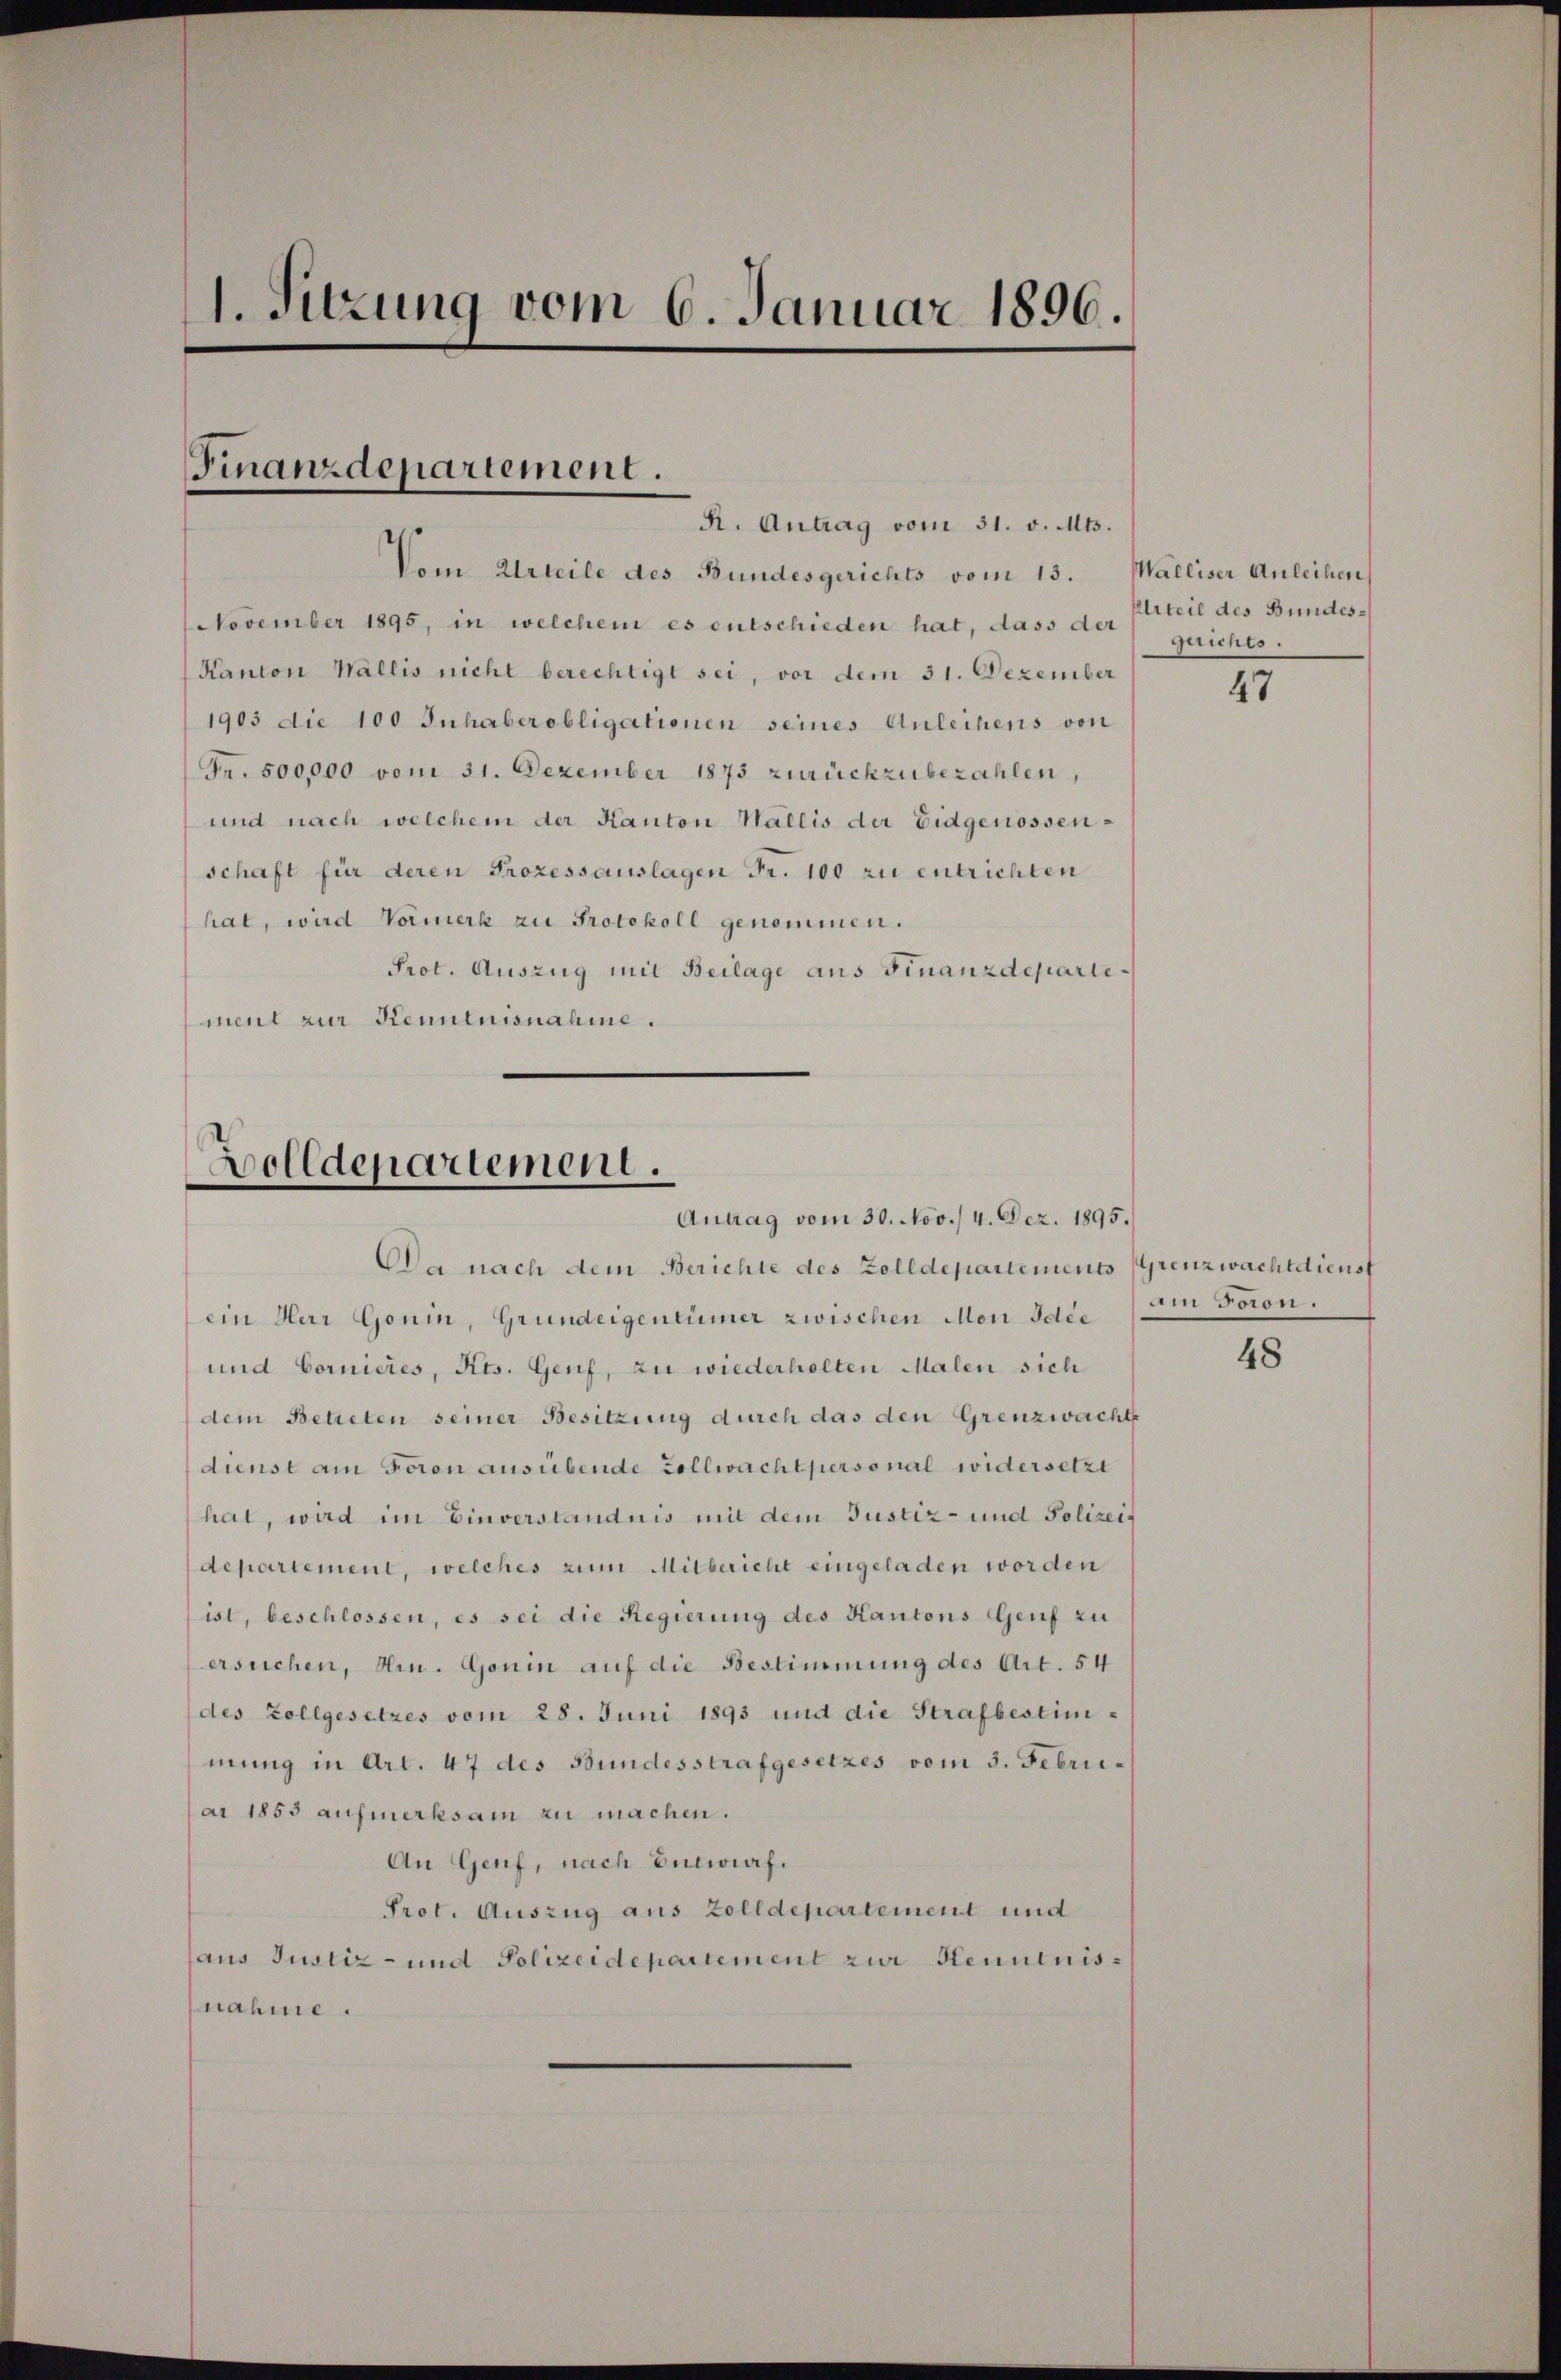
1. Sitzung vom 6. Januar 1896.

Finanzdepartement.
R. Antrag vom 31. v. Mts.

Vom Urteile des Bundesgerichts vom 13. Malliser Anleihen
November 1895, in welchem es entschieden hat, dass der gerichts-
Kanton Wallis nicht berechtigt sei, vor dem 31. Dezember
1903 die 100 Inhaberobligationen seines Anleihens von
Fr. 500,000 vom 31. Dezember 1873 zurückzubezahlen,
und nach welchem der Kanton Wallis der Eidgenossenschaft für deren Prozessauslagen Fr. 100 zu entrichten
hat, wird Vormerk zu Protokoll genommen.
Prot. Auszug mit Beilage aus Finanzdepartement zur Kenntnisnahme.

Bolldepartement.
Antrag vom 30. Nov./ 4. Dez. 1895.

Da nach dem Berichte des Zolldepartements (Grenzwachtdienst
ein Herr Gonin, Grundeigentümer zwischen Mon Idee (am Foron.
und Cornieres, Res. Genf, zu wiederholten Malen sich
dem Betreten seiner Besitzung durch das den Grenzwachte
dienst am Foron ausübende Collwachtpersonal widersetzt
hat, wird im Einverständnis mit dem Justiz- und Polizeif
departement, welches zum Mitbericht eingeladen worden
ist, beschlossen, es sei die Regierung des Kantons Genf zu
ersuchen, Hrn. Gonin auf die Bestimmung des Art. 54
des Zollgesetzes vom 28. Juni 1893 und die Strafbestimmung in Art. 47 des Bundesstrafgesetzes vom 3. Febrie-
ai 1855 aufmerksam zu machen.
An Genf, nach Entwurf.
Prot. Auszug aus Zolldepartement und
aus Justiz- und Polizeidepartement zur Henntnisnahme.

Erteil des Bundes¬

2

48